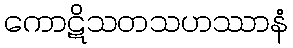
ကောဋိသတသဟဿာနံ